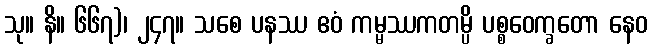
သု။ နိ။ ၆၆၇)၊ ၂၄၇။ သစေ ပနဿ ဧဝံ ကမ္မဿကတမ္ပိ ပစ္စဝေက္ခတော နေဝ